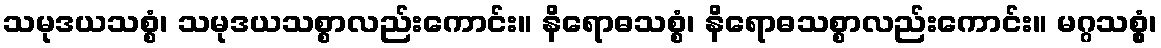
သမုဒယသစ္စံ၊ သမုဒယသစ္စာလည်းကောင်း။ နိရောဓသစ္စံ၊ နိရောဓသစ္စာလည်းကောင်း။ မဂ္ဂသစ္စွံ၊